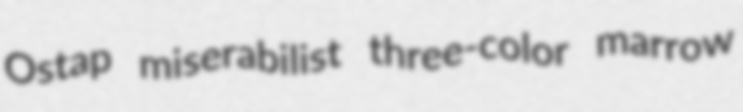
Ostap miserabilist three-color marrow